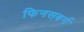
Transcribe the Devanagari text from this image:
फिनसबर्ग